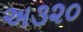
અ૩૨૦